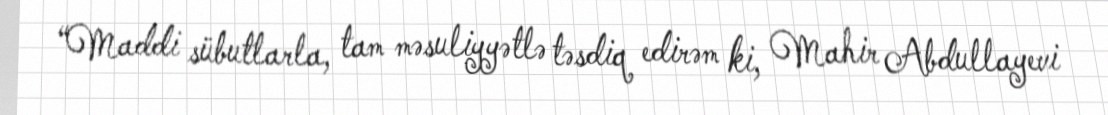
“Maddi sübutlarla, tam məsuliyyətlə təsdiq edirəm ki, Mahir Abdullayevi